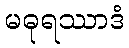
မဓုရဿာဒံ